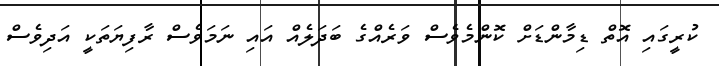
ކުރީގައި އޮތް ޑިމާންޑަށް ކޮންމެވެސް ވަރެއްގެ ބަދަލެއް އައި ނަމަވެސް ރާފިޔަތަކީ އަދިވެސް